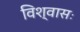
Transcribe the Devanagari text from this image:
विश्वासः